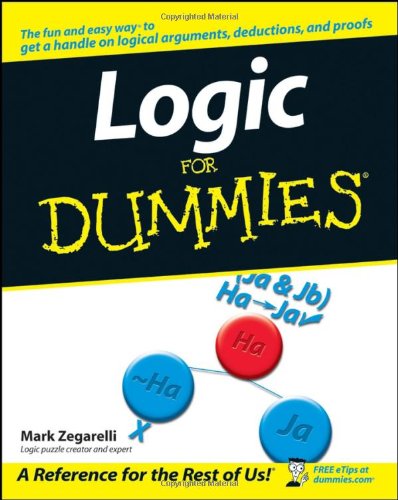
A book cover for Logic For Dummies; Mark Zegarelli; Science & Math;